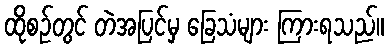
ထိုစဉ်တွင် တဲအပြင်မှ ခြေသံများ ကြားရသည်။